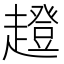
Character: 𧾊